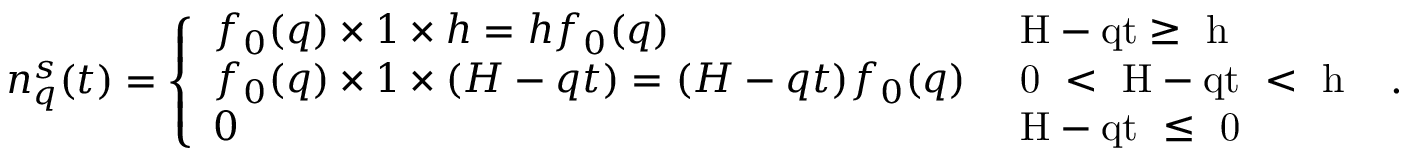
\begin{array} { r } { n _ { q } ^ { s } ( t ) = \left\{ \begin{array} { l l } { f _ { 0 } ( q ) \times 1 \times h = h f _ { 0 } ( q ) } & { \mathrm { ~ H - q t \geq ~ h ~ } } \\ { f _ { 0 } ( q ) \times 1 \times ( H - q t ) = ( H - q t ) f _ { 0 } ( q ) } & { \mathrm { ~ 0 ~ < ~ H - q t ~ < ~ h ~ } } \\ { 0 } & { \mathrm { ~ H - q t ~ \leq ~ 0 ~ } } \end{array} \right. . } \end{array}